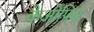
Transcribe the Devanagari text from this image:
केओपिस